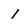
Character: 1